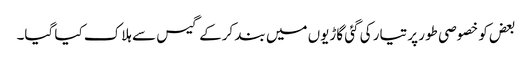
بعض کو خصوصی طور پر تیار کی گئی گاڑیوں میں بند کرکے گیس سے ہلاک کیا گیا۔